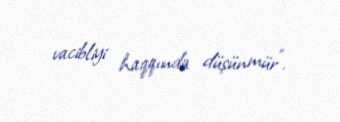
vacibliyi haqqında düşünmür”.